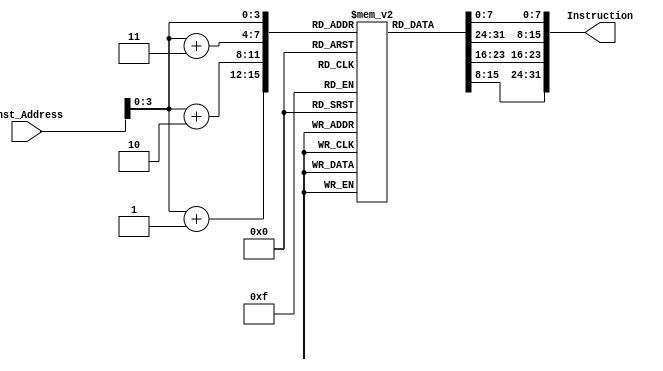
module Instruction_Memory
(
	input [63:0] Inst_Address,
	output reg [31:0] Instruction
);
	
	reg [7:0] memory [15:0];
	initial
		begin
		memory[0] = 8'b10000011;
		memory[1] = 8'b00110100;
		memory[2] = 8'b10000101;
		memory[3] = 8'b00000010;
		memory[4] = 8'b10110011;
		memory[5] = 8'b10000100;
		memory[6] = 8'b10011010;
		memory[7] = 8'b00000000;
		memory[8] = 8'b10010011;
		memory[9] = 8'b10000100;
		memory[10] = 8'b00010100;
		memory[11] = 8'b00000000;
		memory[12] = 8'b00100011;
		memory[13] = 8'b00110100;
		memory[14] = 8'b10010101;
		memory[15] = 8'b00000010;
		end
	
	always @ (Inst_Address)
	begin
	  Instruction = {memory[Inst_Address+3], memory[Inst_Address+2], memory[Inst_Address+1],
		memory[Inst_Address]};
	end
	
endmodule